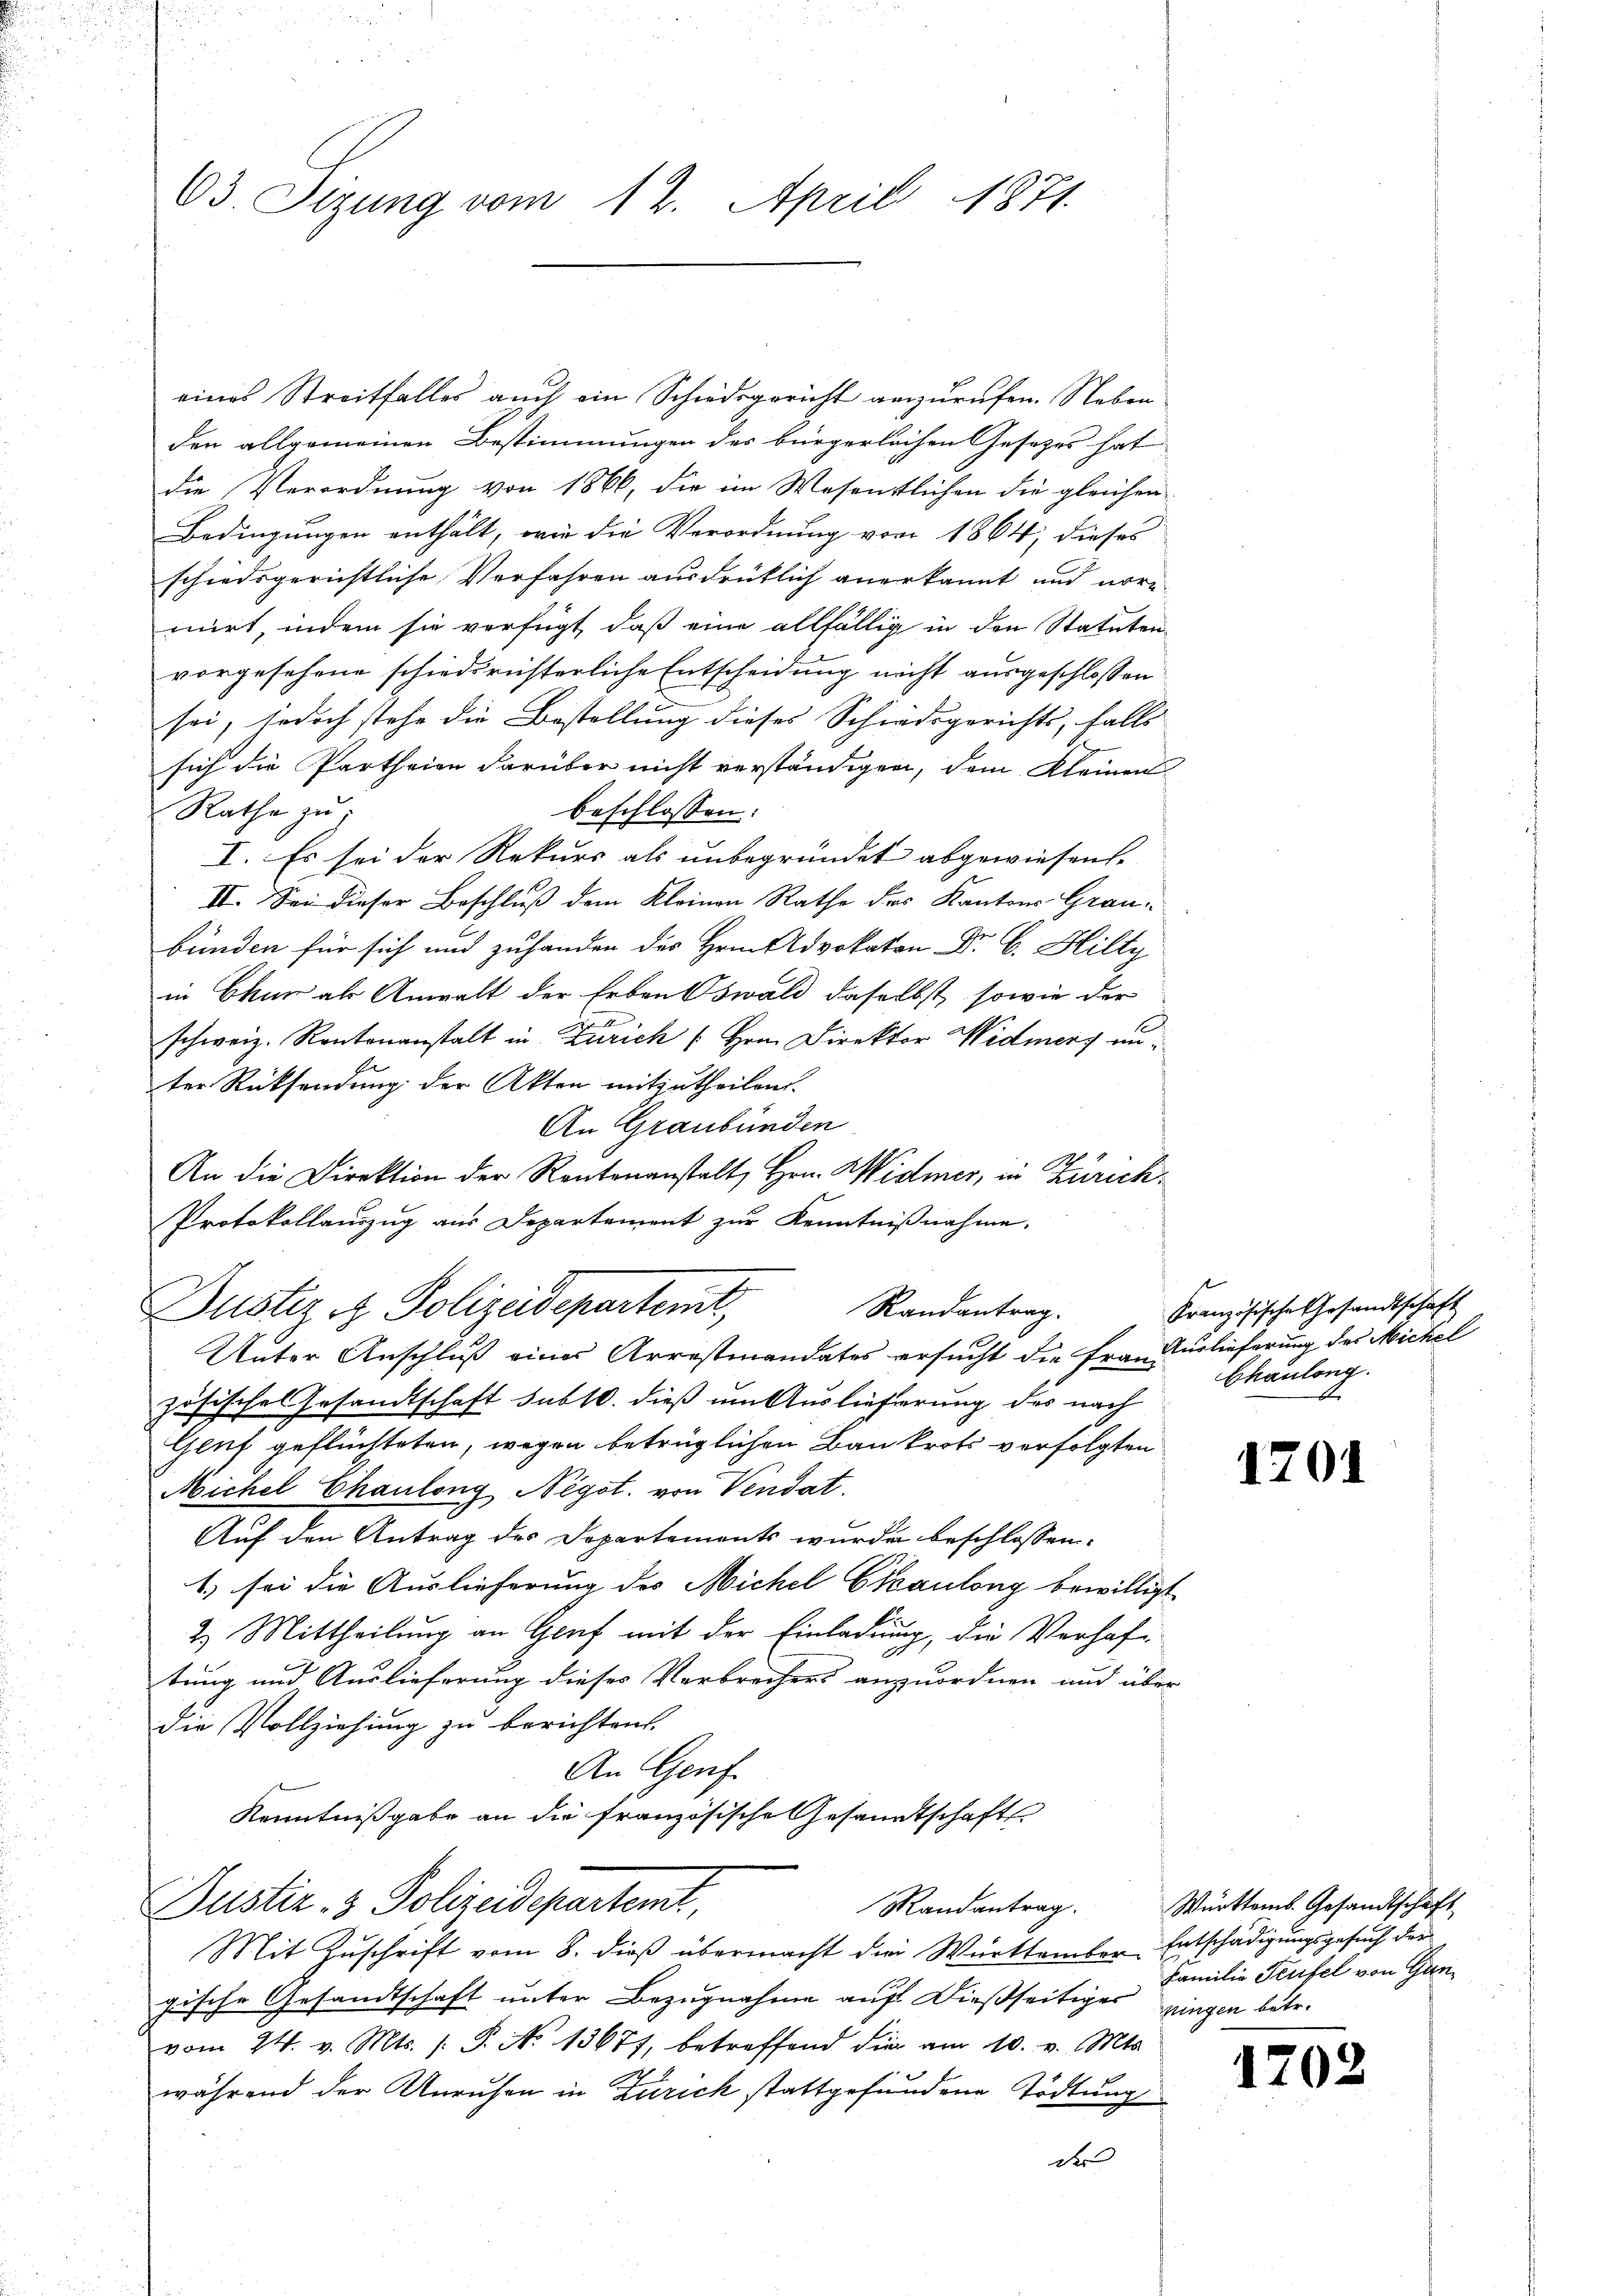
63. Sigung vom 12. April 1871.

eines Streitfalles auch ein Schiedsgericht anzurufen. Neben
den allgemeinen Bestimmungen des bürgerlichen Gesetzes hat
die Verordnung von 1866, die im Wesenstlichen die gleichen
Bedingungen enthält, wie die Verordnung von 1864; dieses
schiedsgerichtliche Vorfahren ausdrüklich anerkannt und normirt, indem sie verfügt, daß eine allfällig in den Statuten
vorgesehene schiedsrichterliche Entscheidung nicht ausgeschlossen
sei, jedoch stehe die Bestellung dieses Schiedsgerichts, falls
sich die Partheien darüber nicht verständigen, dem Kleinen
beschlossen:
Rathe zu;
I. Es sei der Rekurs als unbegründet abgewiesen.
II. Sei dieser Beschluß dem Kleinen Rathe des Kantons Grau-
bunden für sich und zu handen des Hrn Dr. Hilty
in Chur als Anwalt der Erben Oswald daselbst, sowie der
schweiz. Rautenanstalt in Zürich [Hrn. Direktor Widmers unter Rücksendung der Akten mitzutheilen.
An Graubünden
An die Direktion der Rentenanstalt, Hrn. Widmer, in Zürich¬
Protokollauszug aus Departement zur Kenntnißnahme.
Dustiz & Polizeidepartert,
Randantrag.
Unter Anschluß eines Arrestmandates ersucht die Frau Auslieferung des Michel
zösisches Gesandtschaft sub 10. dieß um Auslieferung des nach
Geut geflüchteten, wegen betrüglichen Baukrots verfolgten
Michel Chauling Negot. von Vendat.
Auf den Antrag des Departements wurde beschlossen:
1. sei die Auslieferung des Michel Ckaulang bewilligt
2.) Mittheilung an Genf mit der Einladung, die Verhaftung und Auslieferung dieses Verbrechers anzuordnen und über
die Vollziehung zu berichten.
An Genf
Kenntnißgabe an die französische Gesandtschafts
Justiz- & Polizeidepartemt,
Randantrag.
Mit Zuschrift vom 8. dieß übermacht die Württember Entschädigungsgesuch der
gische Gesandtschaft unter Bezugnahme auf dießseitiges gingen betr.
vom 24. v. Mts. s. P. No 13671, betreffend die am 10. v. Mts.
während der Unruhen in Zürich stattgefundene Tödtung
der

Französische Gesandtschaft
Chauling.

1701

1202

Württemb. Gesandtschaft
Familie Teufel von Gan¬